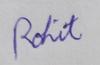
Signature authenticity: genuine